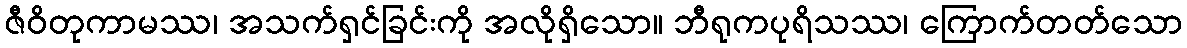
ဇီဝိတုကာမဿ၊ အသက်ရှင်ခြင်းကို အလိုရှိသော။ ဘီရုကပုရိသဿ၊ ကြောက်တတ်သော